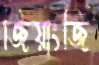
জিয়াংজি